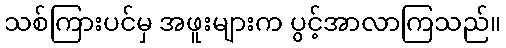
သစ်ကြားပင်မှ အဖူးများက ပွင့်အာလာကြသည်။